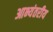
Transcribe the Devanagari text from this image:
आभ्यंतरीय